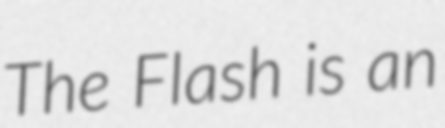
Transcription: The Flash is an